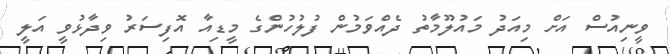
ވީނިއުސް އަށް މިއަދު މައުލޫމާތު ދެއްވަމުން ފުލުހުންގެ މީޑިއާ އޮފިސަރު ވިދާޅުވީ އަލީ